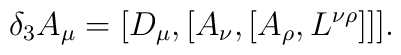
\delta_{3}A_{\mu}=[D_{\mu},[A_{\nu},[A_{\rho},L^{\nu \rho}]]] .